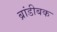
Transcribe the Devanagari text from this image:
ब्रांडीबक